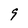
Character: g